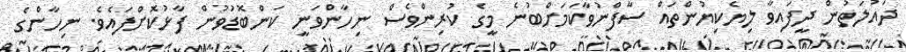
ދައުލަތުން ދީފައިވާ ލިޔެކިޔުންތައް ސާފްނުވާކަމަށްބުނެ މީގެ ކުރިންވެސް ނިހާންވަނީ ކަންބޮޑުވުން ފާޅުކޮށްފައެވެ. ނިހާންގެ